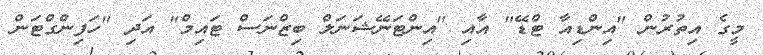
މީގެ އިތުރުން "އިންޑިއާ ޓްޑޭ" އާއި "އިންޓަނޭޝަނަލް ބިޒްނަސް ޓައިމް" އަދި "ހަފިންގްޓަން